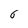
Character: 6